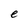
Character: e